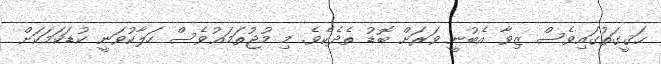
ޙަޤީގަތުގައިވެސް ޒިވާ އެބުނީ ވަރަށް ބޮޑު ތެދެކެވެ. މި މުޖުތަމަޢުވެސް ހަލާކުވަނީ ކުޑަކަމަކަށް